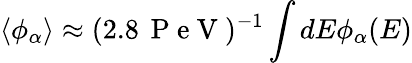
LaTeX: \langle\phi_{\alpha}\rangle\approx(2.8\, \mathrm{~P~e~V~})^{-1}\int dE\phi_{\alpha}(E)